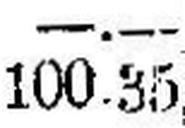
100.35